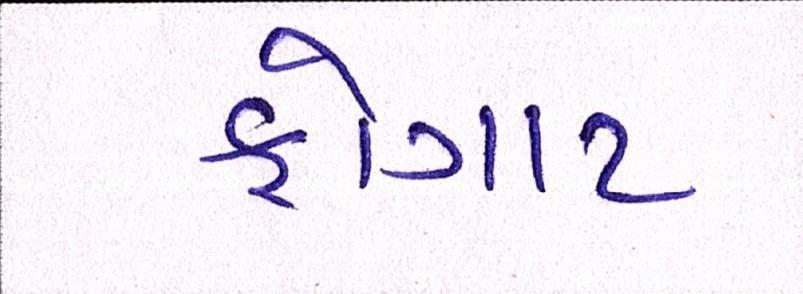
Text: ફોગાટ